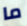
ما